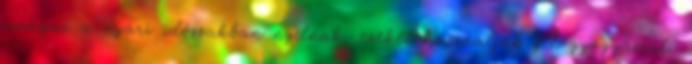
virágai a nyári időszakban nyílnak, ezeket használják fel gyógyászati